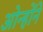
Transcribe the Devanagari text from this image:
ओन्होंने